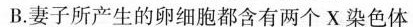
B.妻子所产生的卵细胞都含有两个X染色体